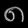
Digit: ၈